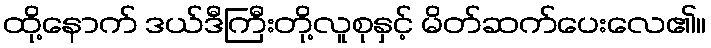
ထို့နောက် ဒယ်ဒီကြီးတို့လူစုနှင့် မိတ်ဆက်ပေးလေ၏။